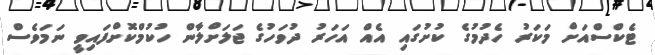
ޓެކްސްއަށް މަކަރު ހެދުމުގެ ކުށުގައި އެއް އަހަރު ދުވަހުގެ ޖަލަށްލާން ހުކުމްކޮށްފައިވީ ނަމަވެސް